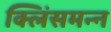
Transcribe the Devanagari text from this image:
क्लिंसमन्न